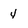
Character: 4